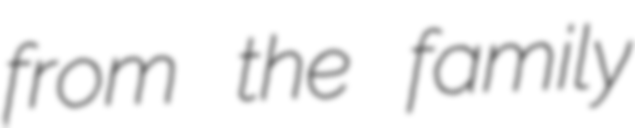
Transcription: from the family